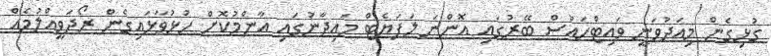
ގުޅިގެން މިއަދުވަނީ ވައިޓްހައުސް ބޭރުގައި އޮންނަ ލަފަޔެޓް މައިދާނުގައި އާންމުކޮށް ހުޅުވާޅައިގެން ރޯދަވީއްލުމެއް